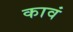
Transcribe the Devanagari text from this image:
कावं